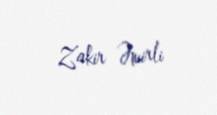
Zakir Əmirli